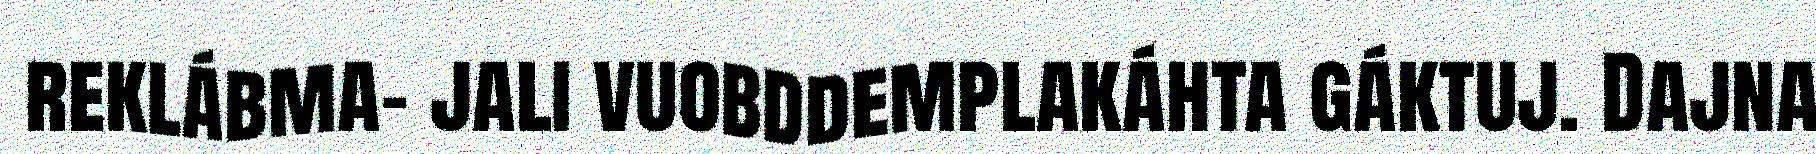
reklábma- jali vuobddemplakáhta gáktuj. Dajna